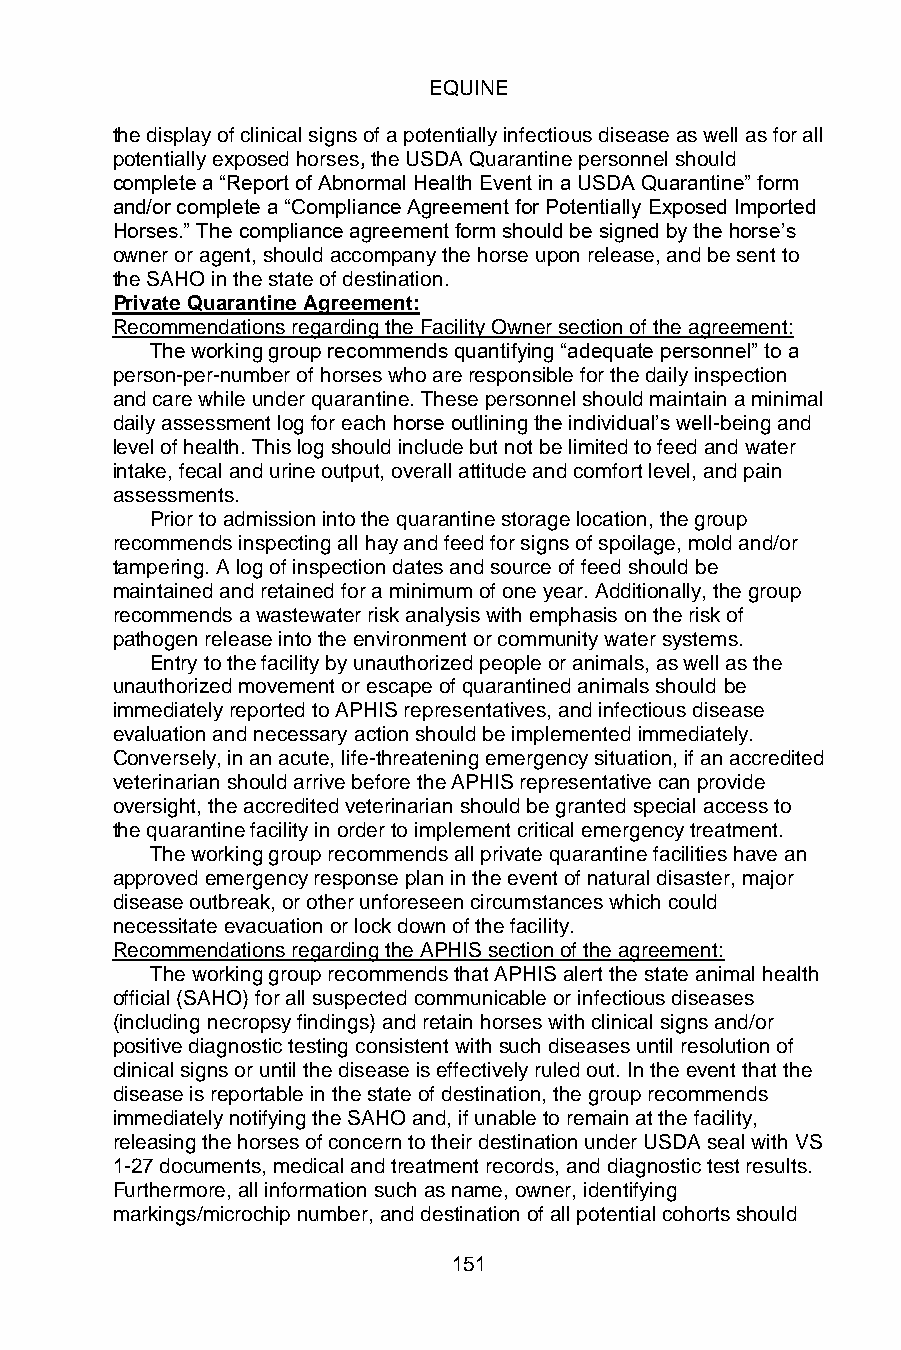
EQUINE
 the display of clinical signs of a potentially infectious disease as well as for all
 potentially exposed horses, the USDA Quarantine personnel should
 complete a “Report of Abnormal Health Event in a USDA Quarantine” form
 and/or complete a “Compliance Agreement for Potentially Exposed Imported
 Horses.” The compliance agreement form should be signed by the horse’s
 owner or agent, should accompany the horse upon release, and be sent to
 the SAHO in the state of destination.
 Private Quarantine Agreement:
 Recommendations regarding the Facility Owner section of the agreement:
 The working group recommends quantifying “adequate personnel” to a
 person-per-number of horses who are responsible for the daily inspection
 and care while under quarantine. These personnel should maintain a minimal
 daily assessment log for each horse outlining the individual’s well-being and
 level of health. This log should include but not be limited to feed and water
 intake, fecal and urine output, overall attitude and comfort level, and pain
 assessments.
 Prior to admission into the quarantine storage location, the group
 recommends inspecting all hay and feed for signs of spoilage, mold and/or
 tampering. A log of inspection dates and source of feed should be
 maintained and retained for a minimum of one year. Additionally, the group
 recommends a wastewater risk analysis with emphasis on the risk of
 pathogen release into the environment or community water systems.
 Entry to the facility by unauthorized people or animals, as well as the
 unauthorized movement or escape of quarantined animals should be
 immediately reported to APHIS representatives, and infectious disease
 evaluation and necessary action should be implemented immediately.
 Conversely, in an acute, life-threatening emergency situation, if an accredited
 veterinarian should arrive before the APHIS representative can provide
 oversight, the accredited veterinarian should be granted special access to
 the quarantine facility in order to implement critical emergency treatment.
 The working group recommends all private quarantine facilities have an
 approved emergency response plan in the event of natural disaster, major
 disease outbreak, or other unforeseen circumstances which could
 necessitate evacuation or lock down of the facility.
 Recommendations regarding the APHIS section of the agreement:
 The working group recommends that APHIS alert the state animal health
 official (SAHO) for all suspected communicable or infectious diseases
 (including necropsy findings) and retain horses with clinical signs and/or
 positive diagnostic testing consistent with such diseases until resolution of
 clinical signs or until the disease is effectively ruled out. In the event that the
 disease is reportable in the state of destination, the group recommends
 immediately notifying the SAHO and, if unable to remain at the facility,
 releasing the horses of concern to their destination under USDA seal with VS
 1-27 documents, medical and treatment records, and diagnostic test results.
 Furthermore, all information such as name, owner, identifying
 markings/microchip number, and destination of all potential cohorts should
 151